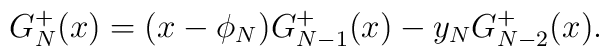
G^+_N(x) = (x-\phi_N) G^+_{N-1}(x) - y_N G^+_{N-2}(x).